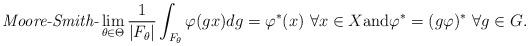
LaTeX: \begin{gather*}\textit{Moore-Smith-}\lim_{\theta\in\Theta}\frac{1}{|F_\theta|}\int_{F_\theta}\varphi(gx)dg=\varphi^*(x)\ \forall x\in X{\textrm{and}}\varphi^*=(g\varphi)^*\ \forall g\in G.\end{gather*}